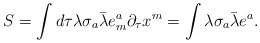
\begin{align*}S=\int d\tau \lambda\sigma_a\bar\lambda e^a_m\partial_\tau x^m=\int\lambda\sigma_a\bar\lambda e^a.\end{align*}